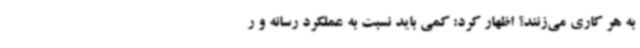
به هر کاری می‌زنند؟ اظهار کرد: کمی باید نسبت به عملکرد رسانه‌ و ر